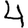
Digit: 4